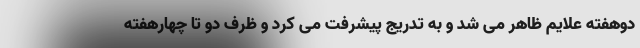
دوهفته علایم ظاهر می شد و به تدریج پیشرفت می کرد و ظرف دو تا چهارهفته